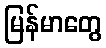
မြန်မာတွေ